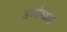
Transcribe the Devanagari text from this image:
उर्ध्वश्वास